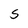
Character: S